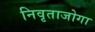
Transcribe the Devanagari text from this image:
निवृताजोगा